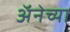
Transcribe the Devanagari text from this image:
अॅनेच्या